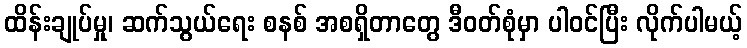
ထိန်းချုပ်မှု၊ ဆက်သွယ်ရေး စနစ် အစရှိတာတွေ ဒီဝတ်စုံမှာ ပါဝင်ပြီး လိုက်ပါမယ့်